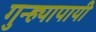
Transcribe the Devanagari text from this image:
गुन्ह्यापायी